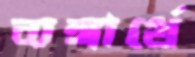
ব্যঙ্গার্থে